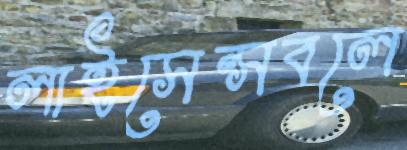
লাইসেন্সবলে